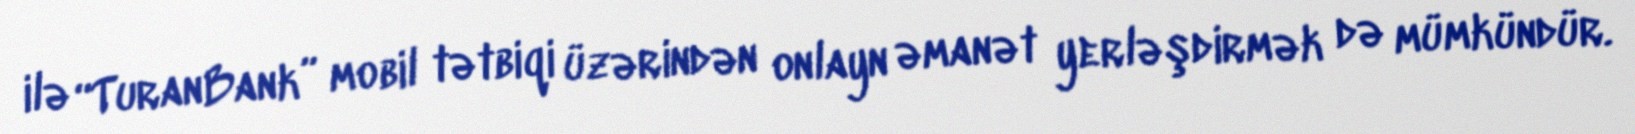
ilə “TuranBank” mobil tətbiqi üzərindən onlayn əmanət yerləşdirmək də mümkündür.